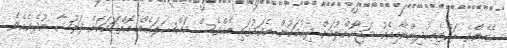
އެހެންވެ ރައްޓެހިކުދިންނާއިއެކު މަޖާކޮށްލުމަށް ދިއުމަކުން އެކަމުގައި އެއްވެސް މައްސަލައެއް އޮތްކަމަކަށް ފަރުޝާ ނުދެކެއެވެ.